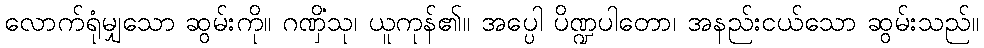
လောက်ရုံမျှသော ဆွမ်းကို။ ဂဏှိံသု၊ ယူကုန်၏။ အပ္ပေါ ပိဏ္ဍပါတော၊ အနည်းငယ်သော ဆွမ်းသည်။